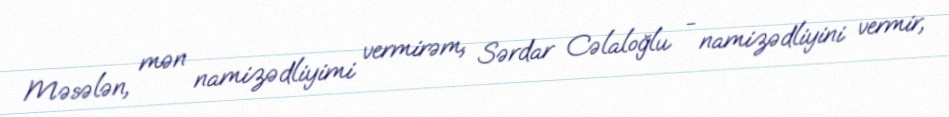
Məsələn, mən namizədliyimi vermirəm, Sərdar Cəlaloğlu - namizədliyini vermir,